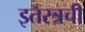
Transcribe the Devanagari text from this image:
इतरत्रची